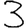
Digit: 3